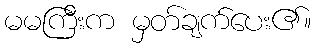
မမကြီးက မှတ်ချက်ပေး၏။